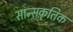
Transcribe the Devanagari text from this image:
सान्सकृतिक